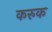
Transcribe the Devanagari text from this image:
करुक